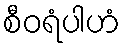
စီဝရံပါဟံ